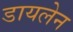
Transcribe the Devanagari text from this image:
डायलेन